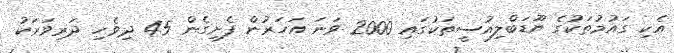
އެކި ގައުމުތަކުގެ ޔޫޑަބްލިއުސީތަކުގައި 2000 ވަނަ އަހަރުން ފެށިގެން 45 ދިވެހި ދަރިވަރަކު